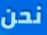
نحن